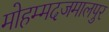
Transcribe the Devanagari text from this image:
मोहम्मदजमालपुर